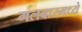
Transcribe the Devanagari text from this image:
मलबारमध्ये